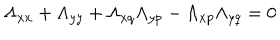
\Lambda _ { x x } + \Lambda _ { y y } + \Lambda _ { x q } \Lambda _ { y p } - \Lambda _ { x p } \Lambda _ { y q } = 0